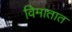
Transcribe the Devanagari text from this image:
विमातात